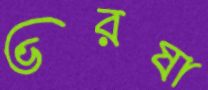
ভরষা